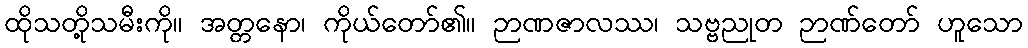
ထိုသတို့သမီးကို။ အတ္တနော၊ ကိုယ်တော်၏။ ဉာဏဇာလဿ၊ သဗ္ဗညုတ ဉာဏ်တော် ဟူသော